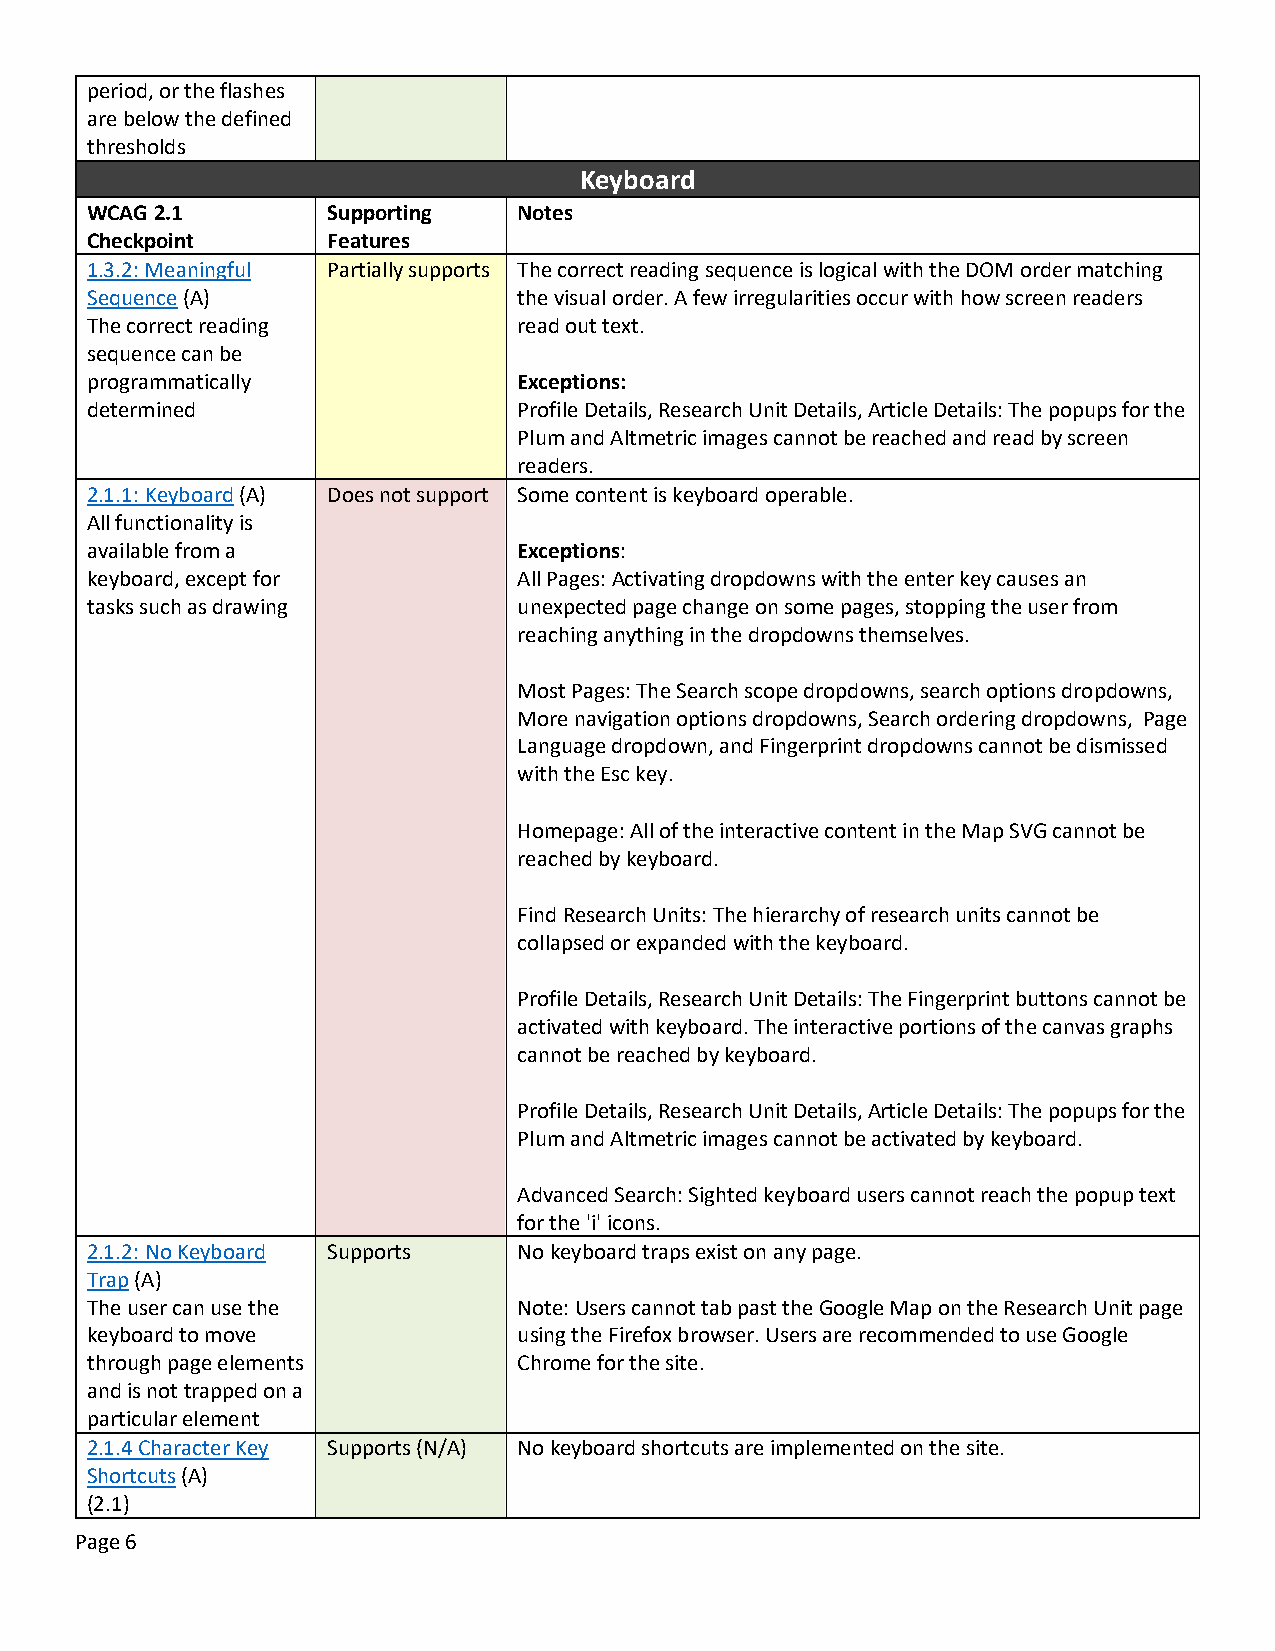
period, or the flashes
 are below the defined
 thresholds
 Keyboard
 WCAG 2.1        Supporting  Notes
 Checkpoint      Features
 1.3.2: Meaningful Partially supports The correct reading sequence is logical with the DOM order matching
 Sequence (A)                the visual order. A few irregularities occur with how screen readers
 The correct reading         read out text.
 sequence can be
 programmatically            Exceptions:
 determined                  Profile Details, Research Unit Details, Article Details: The popups for the
 Plum and Altmetric images cannot be reached and read by screen
 readers.
 2.1.1: Keyboard (A) Does not support Some content is keyboard operable.
 All functionality is
 available from a            Exceptions:
 keyboard, except for        All Pages: Activating dropdowns with the enter key causes an
 tasks such as drawing       unexpected page change on some pages, stopping the user from
 reaching anything in the dropdowns themselves.
 Most Pages: The Search scope dropdowns, search options dropdowns,
 More navigation options dropdowns, Search ordering dropdowns, Page
 Language dropdown, and Fingerprint dropdowns cannot be dismissed
 with the Esc key.
 Homepage: All of the interactive content in the Map SVG cannot be
 reached by keyboard.
 Find Research Units: The hierarchy of research units cannot be
 collapsed or expanded with the keyboard.
 Profile Details, Research Unit Details: The Fingerprint buttons cannot be
 activated with keyboard. The interactive portions of the canvas graphs
 cannot be reached by keyboard.
 Profile Details, Research Unit Details, Article Details: The popups for the
 Plum and Altmetric images cannot be activated by keyboard.
 Advanced Search: Sighted keyboard users cannot reach the popup text
 for the 'i' icons.
 2.1.2: No Keyboard Supports No keyboard traps exist on any page.
 Trap (A)
 The user can use the        Note: Users cannot tab past the Google Map on the Research Unit page
 keyboard to move            using the Firefox browser. Users are recommended to use Google
 through page elements       Chrome for the site.
 and is not trapped on a
 particular element
 2.1.4 Character Key Supports (N/A) No keyboard shortcuts are implemented on the site.
 Shortcuts (A)
 (2.1)
 Page 6